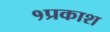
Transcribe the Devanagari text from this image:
१प्रकाश